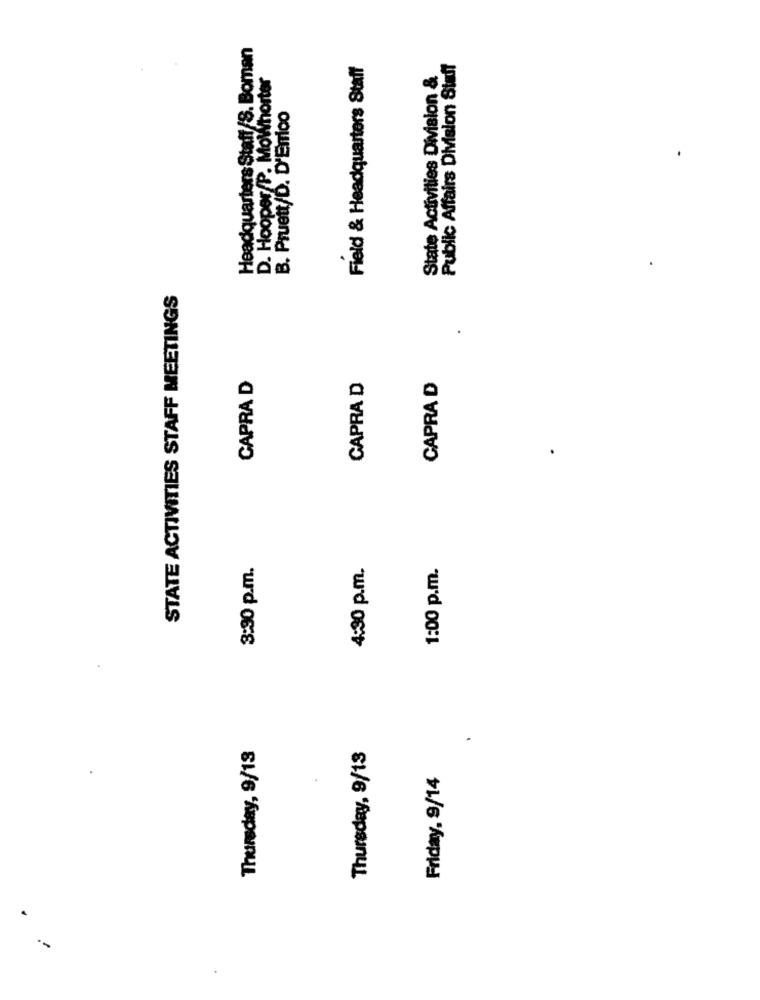
Headquarters Staff/S. Boman
Field & Headquarters Staff
Public Affairs Division Staff
.Hooper/P. MoWhorter
State Activities Division &
B. Pruett/D. D'Errico
STATE ACTIVITIES STAFF MEETINGS
.
CAPRA D
CAPRA D
CAPRA D
3:90 p.m.
4:30 p.m.
1:00 p.m.
Thursday, 9/13
.
Thursday, 9/13
Friday, 9/14
.